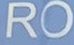
RO